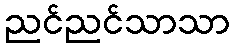
ညင်ညင်သာသာ